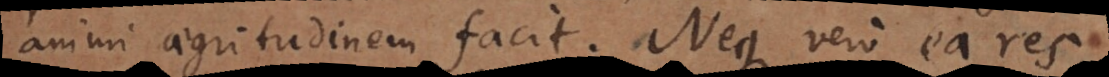
animi aegritudinem facit. Neque vero ea res